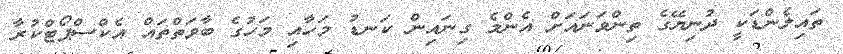
ތައިލެންޑަކީ ދުނިޔޭގެ ތިންވަނައަށް އެންމެ ގިނައިން ކަނޑު މަހާއި މަހުގެ ބާވަތްތައް އެކްސްޕޯޓްކުރާ